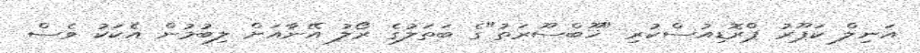
އަނިލް ކަޕޫރު ޕްރޮޑިއުސްކުރި "ޚޫބްސޫރަތު"ގެ ބަތަލުގެ ރޯލު އޭނާއަށް ލިބުމުން އެކަކު ވެސް